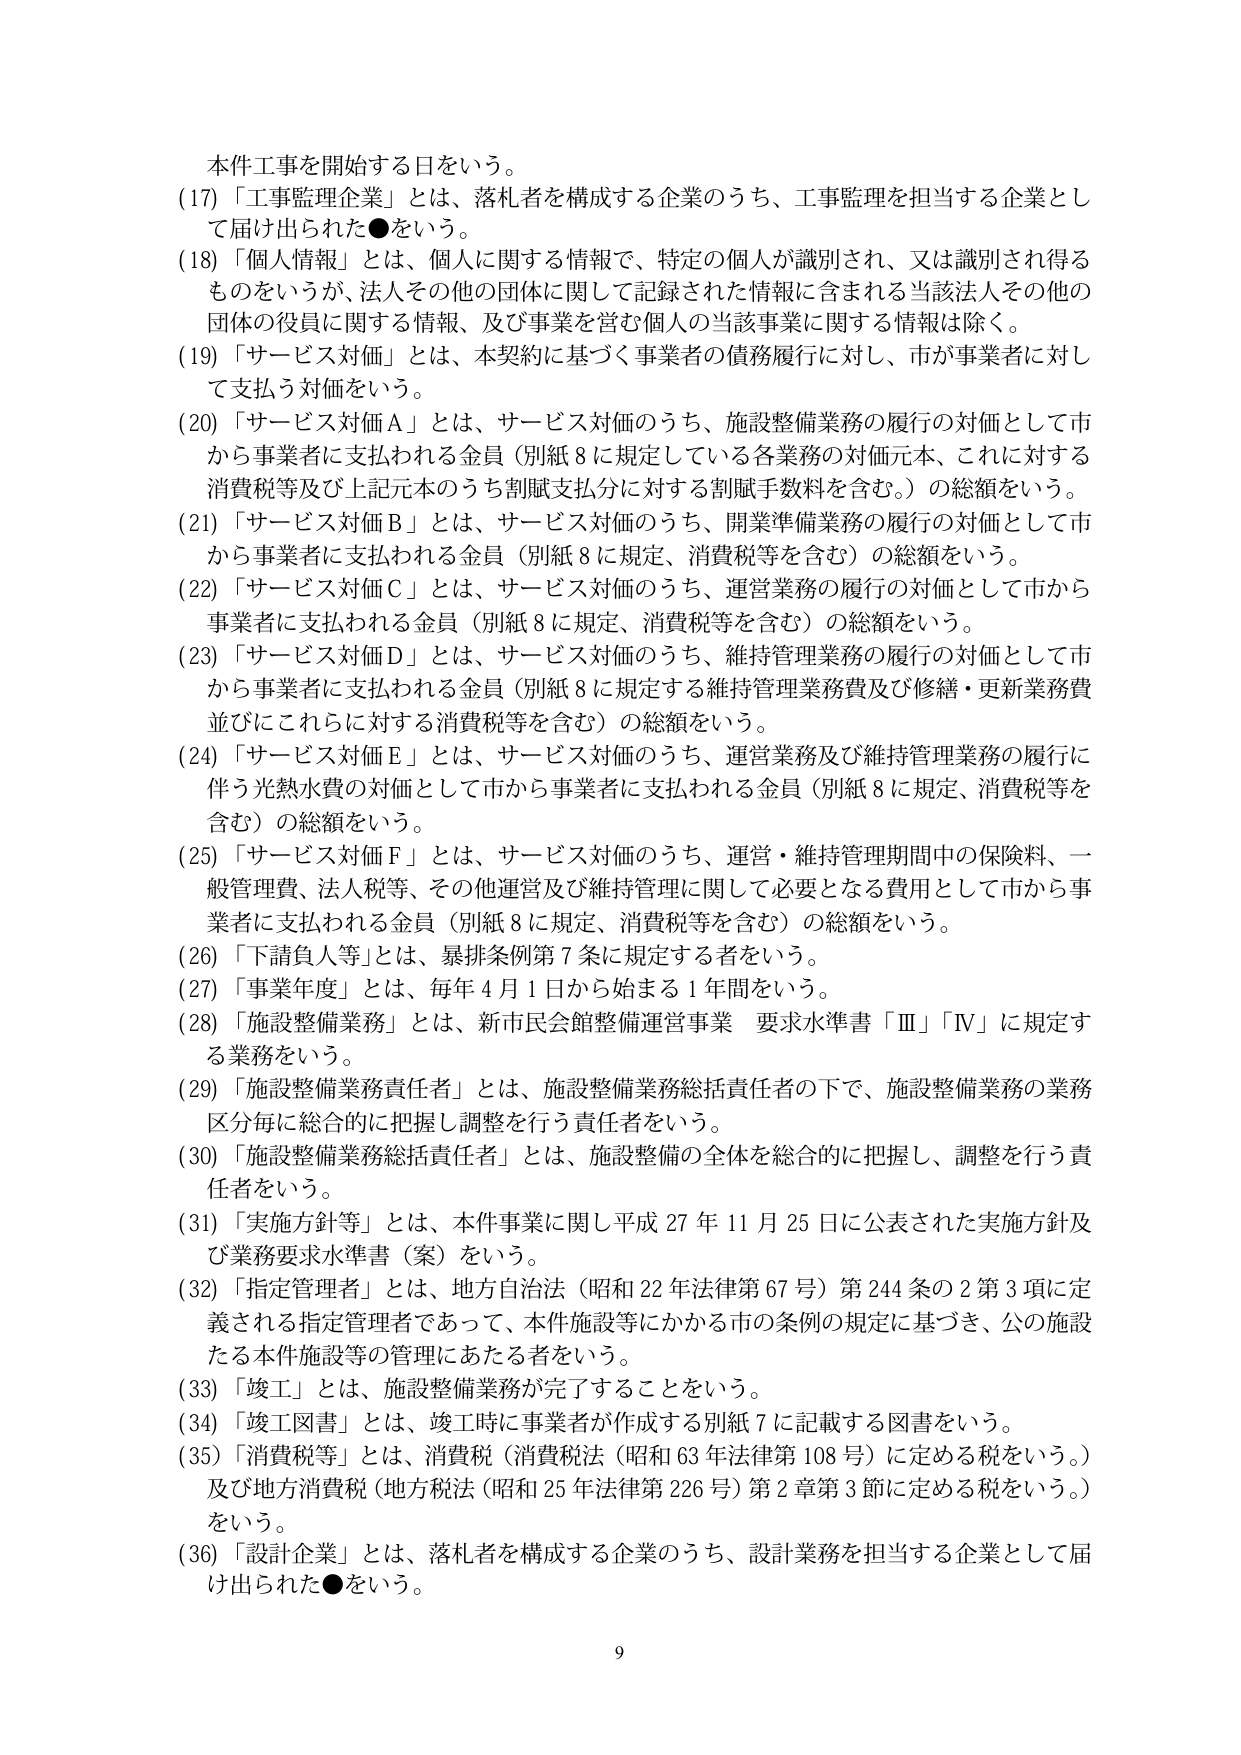
本件工事を開始する日をいう。

(17)「工事監理企業」とは、落札者を構成する企業のうち、工事監理を担当する企業として届け出られた●をいう。

(18)「個人情報」とは、個人に関する情報で、特定の個人が識別され、又は識別され得るものをいうが、法人その他の団体に関して記録された情報に含まれる当該法人その他の団体の役員に関する情報、及び事業を営む個人の当該事業に関する情報は除く。

(19)「サービス対価」とは、本契約に基づく事業者の債務履行に対し、市が事業者に対して支払う対価をいう。

(20)「サービス対価Ａ」とは、サービス対価のうち、施設整備業務の履行の対価として市から事業者に支払われる金員（別紙８に規定している各業務の対価元本、これに対する消費税等及び上記元本のうち割賦支払分に対する割賦手数料を含む。）の総額をいう。

(21)「サービス対価Ｂ」とは、サービス対価のうち、開業準備業務の履行の対価として市から事業者に支払われる金員（別紙８に規定、消費税等を含む）の総額をいう。

(22)「サービス対価Ｃ」とは、サービス対価のうち、運営業務の履行の対価として市から事業者に支払われる金員（別紙８に規定、消費税等を含む）の総額をいう。

(23)「サービス対価Ｄ」とは、サービス対価のうち、維持管理業務の履行の対価として市から事業者に支払われる金員（別紙８に規定する維持管理業務費及び修繕・更新業務費並びにこれらに対する消費税等を含む）の総額をいう。

(24)「サービス対価Ｅ」とは、サービス対価のうち、運営業務及び維持管理業務の履行に伴う光熱水費の対価として市から事業者に支払われる金員（別紙８に規定、消費税等を含む）の総額をいう。

(25)「サービス対価Ｆ」とは、サービス対価のうち、運営・維持管理期間中の保険料、一般管理費、法人税等、その他運営及び維持管理に関して必要となる費用として市から事業者に支払われる金員（別紙８に規定、消費税等を含む）の総額をいう。

(26)「下請負人等」とは、暴排条例第７条に規定する者をいう。

(27)「事業年度」とは、毎年４月１日から始まる１年間をいう。

(28)「施設整備業務」とは、新市民会館整備運営事業 要求水準書「Ⅲ」「Ⅳ」に規定する業務をいう。

(29)「施設整備業務責任者」とは、施設整備業務総括責任者の下で、施設整備業務の業務区分毎に総合的に把握し調整を行う責任者をいう。

(30)「施設整備業務総括責任者」とは、施設整備の全体を総合的に把握し、調整を行う責任者をいう。

(31)「実施方針等」とは、本件事業に関し平成27年11月25日に公表された実施方針及び業務要求水準書（案）をいう。

(32)「指定管理者」とは、地方自治法（昭和22年法律第67号）第244条の2第3項に定義される指定管理者であって、本件施設等にかかる市の条例の規定に基づき、公の施設たる本件施設等の管理にあたる者をいう。

(33)「竣工」とは、施設整備業務が完了することをいう。

(34)「竣工図書」とは、竣工時に事業者が作成する別紙７に記載する図書をいう。

(35)「消費税等」とは、消費税（消費税法（昭和63年法律第108号）に定める税をいう。）及び地方消費税（地方税法（昭和25年法律第226号）第2章第3節に定める税をいう。）をいう。

(36)「設計企業」とは、落札者を構成する企業のうち、設計業務を担当する企業として届け出られた●をいう。

9